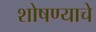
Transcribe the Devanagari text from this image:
शोषण्याचे